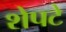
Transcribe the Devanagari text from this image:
शेपटे